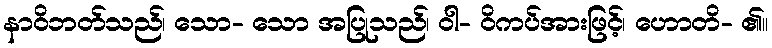
နာဝိဘတ်သည်၊ သော- သော အပြုသည်၊ ဝါ- ဝိကပ်အားဖြင့်၊ ဟောတိ- ၏။